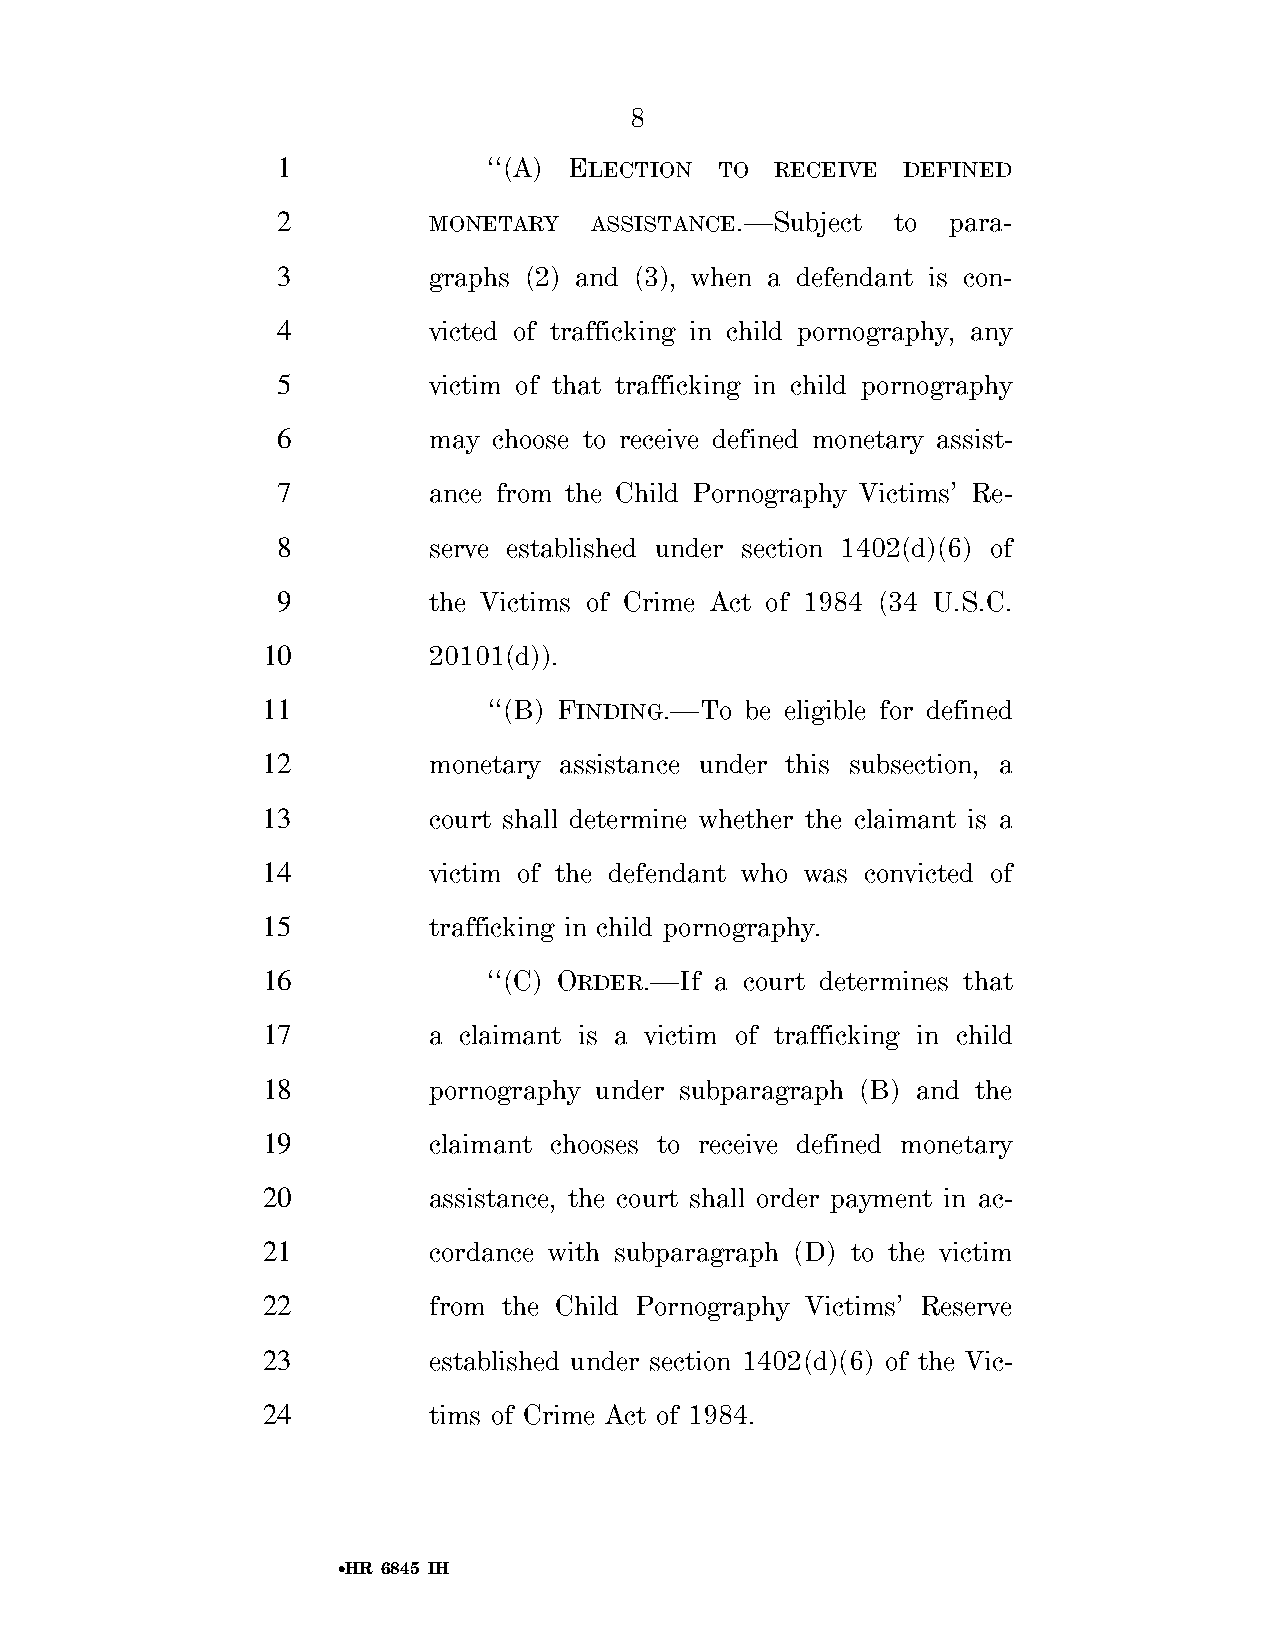
8
 1             ‘‘(A) ELECTION  TO RECEIVE  DEFINED
 2         MONETARY   ASSISTANCE.—Subject to  para-
 3         graphs (2) and (3), when a defendant is con-
 4         victed of trafficking in child pornography, any
 5         victim of that trafficking in child pornography
 6         may  choose to receive defined monetary assist-
 7         ance from the Child Pornography Victims’ Re-
 8         serve established under section 1402(d)(6) of
 9         the Victims of Crime Act of 1984 (34 U.S.C.
 10         20101(d)).
 11             ‘‘(B) FINDING.—To be eligible for defined
 12         monetary assistance under this subsection, a
 13         court shall determine whether the claimant is a
 14         victim of the defendant who was convicted of
 15         trafficking in child pornography.
 16             ‘‘(C) ORDER.—If a court determines that
 17         a claimant is a victim of trafficking in child
 18         pornography under subparagraph (B) and the
 19         claimant chooses to receive defined monetary
 20         assistance, the court shall order payment in ac-
 21         cordance with subparagraph (D) to the victim
 22         from the Child Pornography Victims’ Reserve
 23         established under section 1402(d)(6) of the Vic-
 24         tims of Crime Act of 1984.
 •HR 6845 IH
 VerDate Sep 11 2014 01:37 Sep 22, 2018 Jkt 079200 PO 00000 Frm 00008 Fmt 6652 Sfmt 6201 E:\BILLS\H6845.IH H6845
 SLLIB
 htiw
 DORP280QLG3KSD
 no
 llihld